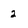
Character: 2